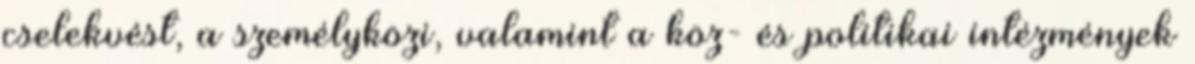
cselekvést, a személyközi, valamint a köz- és politikai intézmények